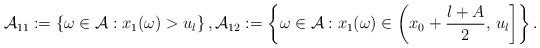
LaTeX: \begin{align*}\mathcal A_{11}:=\left\{\omega\in \mathcal A: x_1(\omega)>u_l \right\},\mathcal A_{12}:=\left\{\omega\in \mathcal A: x_1(\omega)\in \left(x_0 + \frac{l+A}{2}, \,u_l \right] \right\}.\end{align*}